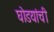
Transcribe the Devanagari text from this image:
घोडयांची